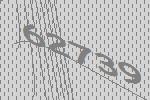
62739